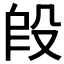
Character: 𬆣